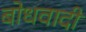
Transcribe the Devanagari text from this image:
बोधवादी